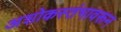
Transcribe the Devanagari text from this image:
अशोकस्तंभावरून